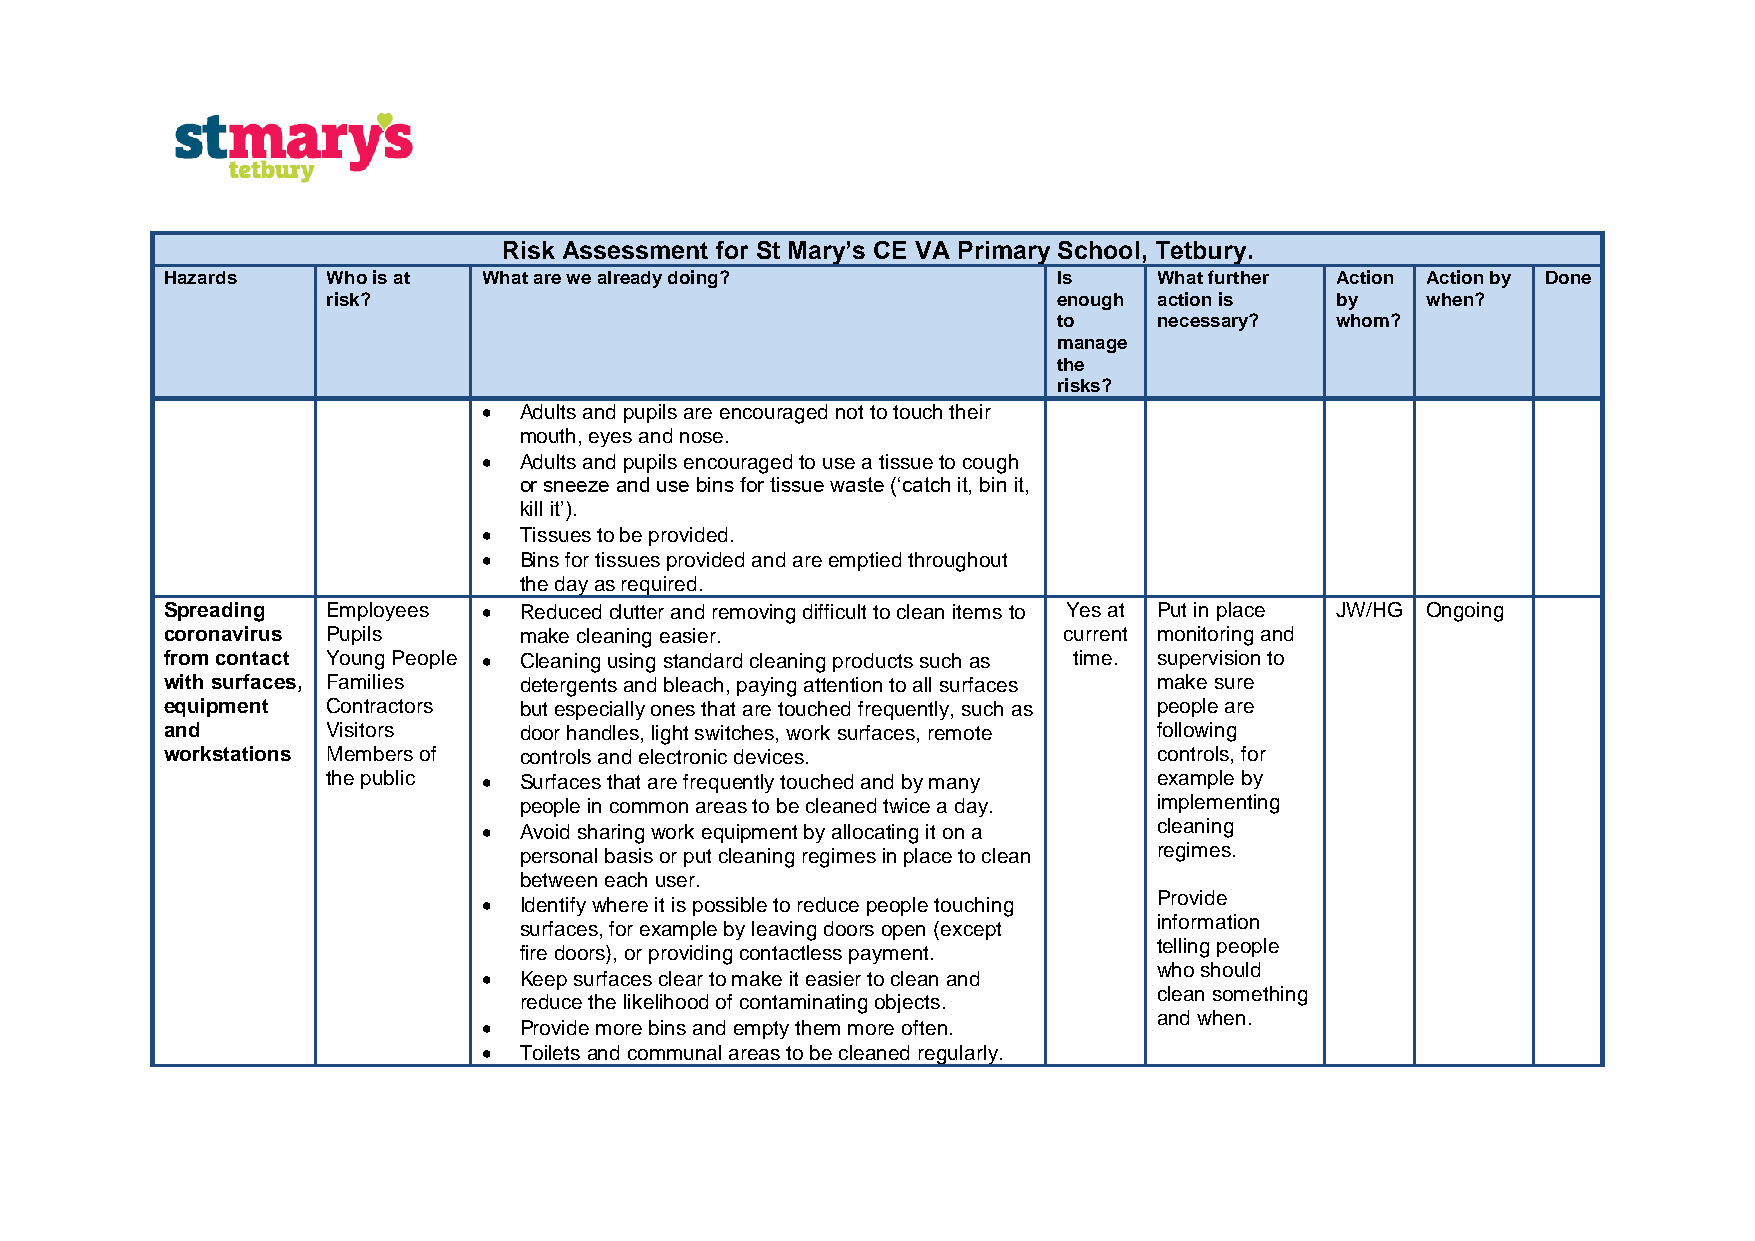
Risk Assessment for St Mary’s C E VA Primary School, Tetbury.
 Hazards    Who is at What are we already doing?            Is     What further Action Action by Done
 risk?                                           enough action is  by    when?
 to     necessary? whom?
 manage
 the
 risks?
 • Adults and pupils are encouraged not to touch their
 mouth, eyes and nose.
 • Adults and pupils encouraged to use a tissue to cough
 or sneeze and use bins for tissue waste (‘catch it, bin it,
 kill it’).
 • Tissues to be provided.
 • Bins for tissues provided and are emptied throughout
 the day as required.
 Spreading  Employees • Reduced clutter and removing difficult to clean items to Yes at Put in place JW/HG Ongoing
 coronavirus Pupils     make cleaning easier.               current monitoring and
 from contact Young People • Cleaning using standard cleaning products such as time. supervision to
 with surfaces, Families detergents and bleach, paying attention to all surfaces make sure
 equipment  Contractors but especially ones that are touched frequently, such as people are
 and        Visitors    door handles, light switches, work surfaces, remote following
 workstations Members of controls and electronic devices.          controls, for
 the public • Surfaces that are frequently touched and by many example by
 people in common areas to be cleaned twice a day. implementing
 • Avoid sharing work equipment by allocating it on a cleaning
 personal basis or put cleaning regimes in place to clean regimes.
 between each user.
 Provide
 • Identify where it is possible to reduce people touching
 information
 surfaces, for example by leaving doors open (except
 telling people
 fire doors), or providing contactless payment.
 who should
 • Keep surfaces clear to make it easier to clean and
 clean something
 reduce the likelihood of contaminating objects.
 and when.
 • Provide more bins and empty them more often.
 • Toilets and communal areas to be cleaned regularly.